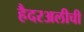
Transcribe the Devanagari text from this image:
हैदरअलीची